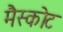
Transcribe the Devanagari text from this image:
मैस्कोट